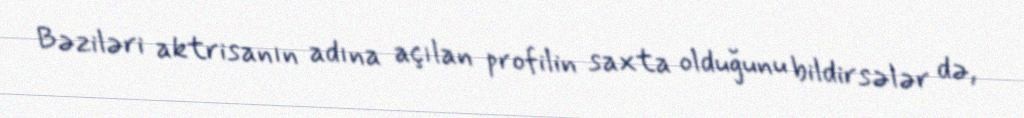
Bəziləri aktrisanın adına açılan profilin saxta olduğunu bildirsələr də,